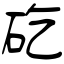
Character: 矻